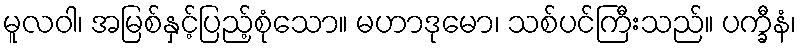
မူလဝါ၊ အမြစ်နှင့်ပြည့်စုံသော။ မဟာဒုမော၊ သစ်ပင်ကြီးသည်။ ပက္ခီနံ၊